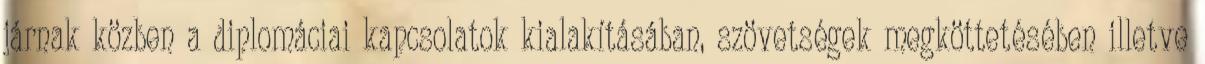
járnak közben a diplomáciai kapcsolatok kialakításában, szövetségek megköttetésében illetve